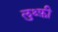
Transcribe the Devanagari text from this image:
लुथ्फ़ी